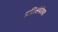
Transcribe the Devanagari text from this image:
प्रतिसंपीडक